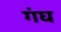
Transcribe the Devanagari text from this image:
गंघ